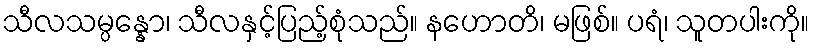
သီလသမ္ပန္နော၊ သီလနှင့်ပြည့်စုံသည်။ နဟောတိ၊ မဖြစ်။ ပရံ၊ သူတပါးကို။